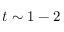
t \sim 1 - 2